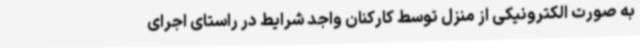
به صورت الکترونیکی از منزل توسط کارکنان واجد شرایط در راستای اجرای